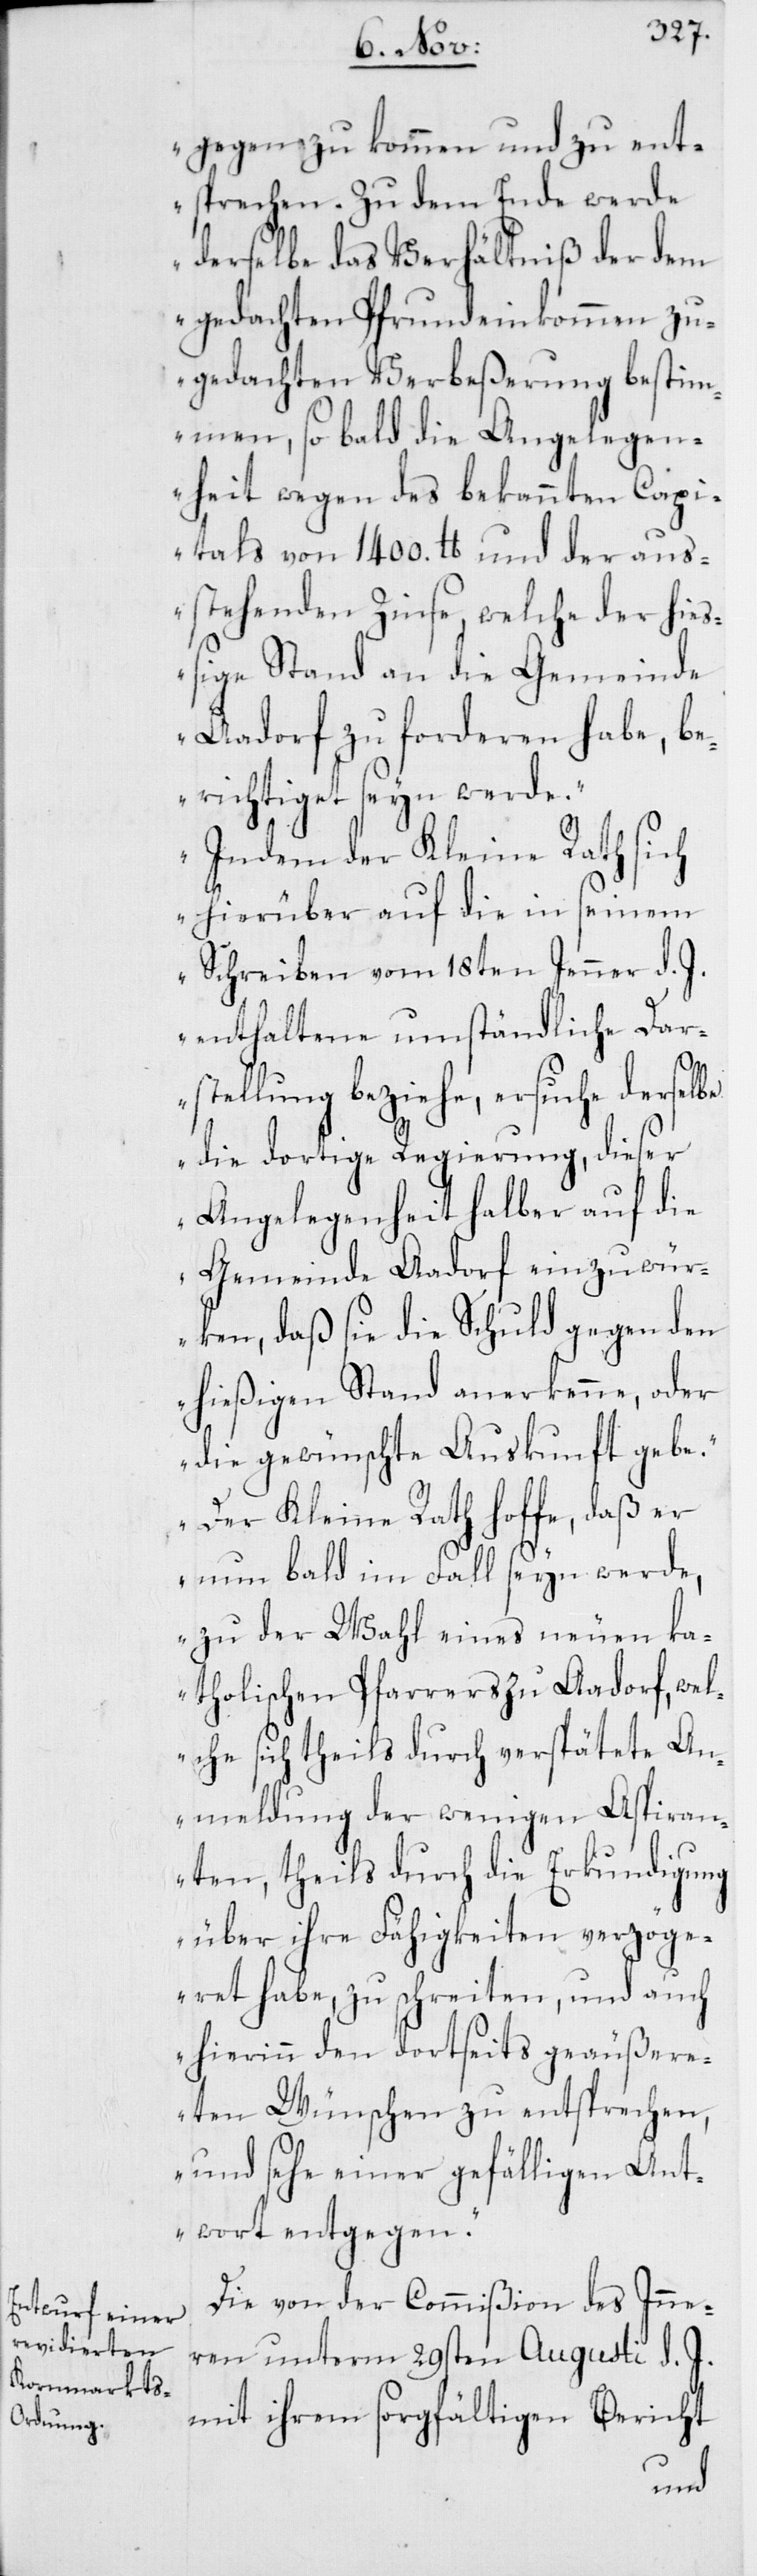
gegen zu kommen und zu en¬
tsprechen. Zu dem Ende werde
derselbe das Verhältniß der dem
gedachten Pfrundeinkommen zu¬
gedachten Verbeßerung bestim¬
men, so bald die Angelegen¬
heit wegen des bekannten Capi¬
tals von 1400. lb und der aus¬
stehenden Zinse, welche der hieß¬
ige Stand an die Gemeinde
Aadorf zu forderen habe, b¬
erichtiget seyn werde.
Indem der Kleine Rath sich
hierüber auf die in seinem
Schreiben vom 18ten Jenner d. J.
enthaltene umständliche Dar¬
stellung beziehe, ersuche derselbe
die dortige Regierung, diese¬
r Angelegenheit halber auf die
Gemeinde Aadorf einzuwü¬
rken, daß sie die Schuld gegen den
hießigen Stand anerkenne, oder
die gewünschte Auskunft gebe.
Der Kleine Rath hoffe, daß er
nun bald im Fall seyn werde,
zu der Wahl eines neuen ka¬
tholischen Pfarrers zu Aadorf, wel¬
che sich theils durch verspätete An¬
meldung der wenigen Aspiran¬
ten, theils durch die Erkundigung
über ihre Fähigkeiten verzög¬
eret habe, zu schreiten, und auch
hierinn den dortseits geäußere¬
ten Wünschen zu entsprechen,
und sehe einer gefälligen Ant¬
wort entgegen“.
Die von der Commißion des Inne¬
ren unterm 29sten Augusti d. J.
mit ihrem sorgfältigen Bericht